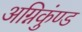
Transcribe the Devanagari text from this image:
अग्निकुंण्ड